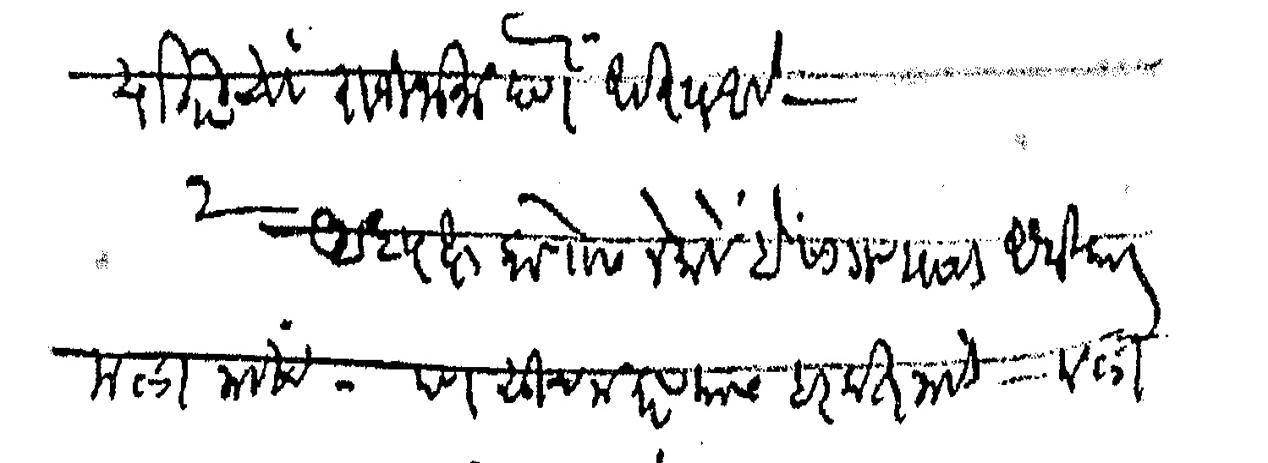
Transliteration (Devanagari): याकरिता राजीनामा देणे अवश्य आहे २ अध्यक्ष कोणास नेमावे हे सांगण्याचा अधिकार मला नाहीच पण सूचना करण्यास हरकत नाही मला